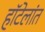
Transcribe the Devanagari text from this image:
हॉटेलांत